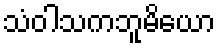
သံဝါသကဘူမိယော